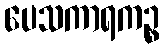
ပေသကာရကဉ္စ